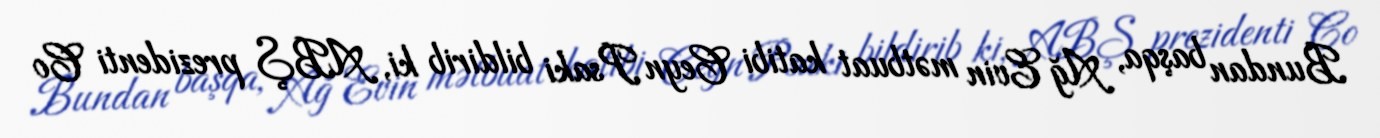
Bundan başqa, Ağ Evin mətbuat katibi Ceyn Psaki bildirib ki, ABŞ prezidenti Co